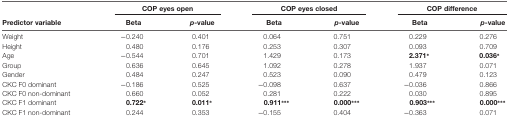
<table><thead><tr><td></td><td colspan="2"><b>COP eyes open</b></td><td colspan="2"><b>COP eyes closed</b></td><td colspan="2"><b>COP difference</b></td></tr><tr><td><b>Predictor variable</b></td><td><b>Beta</b></td><td><b><i>p</i>-value</b></td><td><b>Beta</b></td><td><b><i>p</i>-value</b></td><td><b>Beta</b></td><td><b><i>p</i>-value</b></td></tr></thead><tbody><tr><td>Weight</td><td>−0.240</td><td>0.401</td><td>0.064</td><td>0.751</td><td>0.229</td><td>0.276</td></tr><tr><td>Height</td><td>0.480</td><td>0.176</td><td>0.253</td><td>0.307</td><td>0.093</td><td>0.709</td></tr><tr><td>Age</td><td>−0.544</td><td>0.701</td><td>1.429</td><td>0.173</td><td><b>2.371*</b></td><td><b>0.036*</b></td></tr><tr><td>Group</td><td>0.636</td><td>0.645</td><td>1.092</td><td>0.278</td><td>1.937</td><td>0.071</td></tr><tr><td>Gender</td><td>0.484</td><td>0.247</td><td>0.523</td><td>0.090</td><td>0.479</td><td>0.123</td></tr><tr><td>CKC F0 dominant</td><td>−0.186</td><td>0.525</td><td>−0.098</td><td>0.637</td><td>−0.036</td><td>0.866</td></tr><tr><td>CKC F0 non-dominant</td><td>0.660</td><td>0.052</td><td>0.281</td><td>0.222</td><td>0.030</td><td>0.895</td></tr><tr><td>CKC F1 dominant</td><td><b>0.722*</b></td><td><b>0.011*</b></td><td><b>0.911***</b></td><td><b>0.000***</b></td><td><b>0.903***</b></td><td><b>0.000***</b></td></tr><tr><td>CKC F1 non-dominant</td><td>0.244</td><td>0.353</td><td>−0.155</td><td>0.404</td><td>−0.363</td><td>0.071</td></tr></tbody></table>